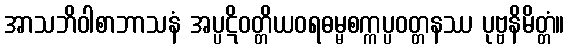
အာသဘိဝါစာဘာသနံ အပ္ပဋိဝတ္တိယဝရဓမ္မစက္ကပ္ပဝတ္တနဿ ပုဗ္ဗနိမိတ္တံ။